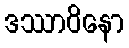
ဒဿာဝိနော